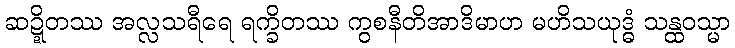
ဆဍ္ဍိတဿ အလ္လသရီရေ ရက္ခိတဿ ကွစနီတိအာဒိမာဟ မဟိသယုဒ္ဓံ သန္ထဝသ္မာ